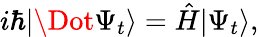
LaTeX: i\hbar|\Dot{\Psi}_{t}\rangle=\hat{H}|\Psi_{t}\rangle,